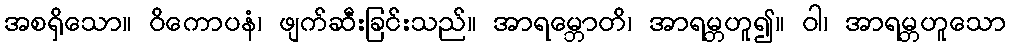
အစရှိသော။ ဝိကောပနံ၊ ဖျက်ဆီးခြင်းသည်။ အာရမ္ဘောတိ၊ အာရမ္ဘဟူ၍။ ဝါ၊ အာရမ္ဘဟူသော